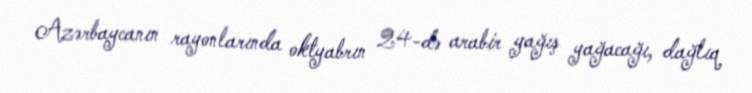
Azərbaycanın rayonlarında oktyabrın 24-də arabir yağış yağacağı, dağlıq